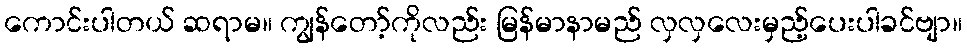
ကောင်းပါတယ် ဆရာမ။ ကျွန်တော့်ကိုလည်း မြန်မာနာမည် လှလှလေးမှည့်ပေးပါခင်ဗျာ။